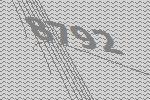
8792